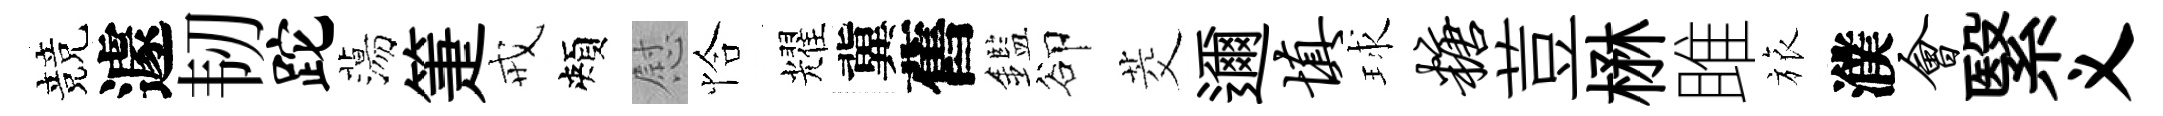
競遽韧跎蕩箑戒頰慰恰耀冀舊鑑卻茭邇填球糖荳楙雎旅濮会繄义